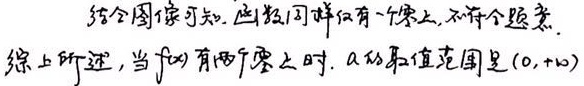
结合图像可知，函数同样仅有一个零点，不符合题意.
综上所述，当$f(x)$有两个零点时，$a$的取值范围是$(0,+\infty)$